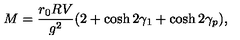
M = { \frac { r _ { 0 } R V } { g ^ { 2 } } } ( 2 + \cosh 2 \gamma _ { 1 } + \cosh 2 \gamma _ { p } ) ,